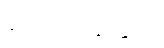
အောက်ခြေက